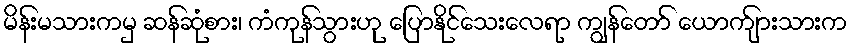
မိန်းမသားကမှ ဆန်ဆုံစား၊ ကံကုန်သွားဟု ပြောနိုင်သေးလေရာ ကျွန်တော် ယောက်ျားသားက